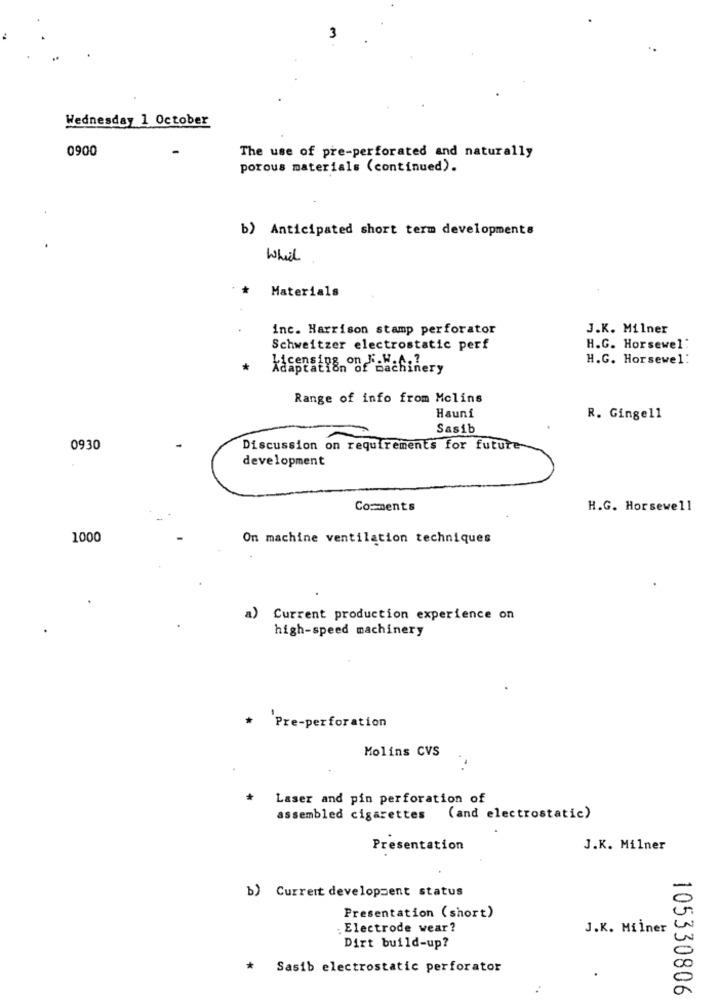
m
Wednesday 1 October
0900
The use of pre-perforated and naturally
porous materials (continued).
b) Anticipated short term developments
Which
* Materials
inc. Harrison stamp perforator
J.K. Milner
Schweitzer electrostatic perf
H.G. Horsewel:
H.G. Horsewel:
Adaptat:
Licensing on "-N.A .?
Range of info from Molins
Hauni
R. Gingell
Sasib
0930
Discussion on requirements for future-
development
Comments
H.G. Horsewell
1000
On machine ventilation techniques
a)
Current production experience on
high-speed machinery
* Pre-perforation
Molins CVS
Laser and pin perforation of
assembled cigarettes (and electrostatic)
Presentation
J.K. Milner
b) Current development status
Presentation ( short)
. Electrode wear?
J.K. Miiner
Dirt build-up?
Sasib electrostatic perforator
105330806